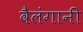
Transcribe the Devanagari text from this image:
वैलंगानी